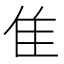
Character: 隹